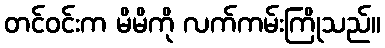
တင်ဝင်းက မိမိကို လက်ကမ်းကြိုသည်။